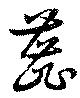
蕋